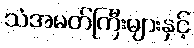
သံအမတ်ကြီးများနှင့်